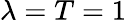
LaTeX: \lambda=T=1